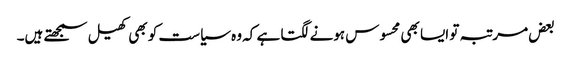
بعض مرتبہ تو ایسا بھی محسوس ہونے لگتا ہے کہ وہ سیاست کو بھی کھیل سمجھتے ہیں۔